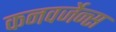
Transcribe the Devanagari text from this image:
कनवर्जेन्स